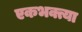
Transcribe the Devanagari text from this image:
एकभक्त्या